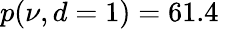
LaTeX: p(\nu,d=1)=61.4\